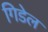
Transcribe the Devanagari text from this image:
गिडेल